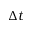
\Delta t